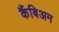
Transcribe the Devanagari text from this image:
कैंबिअम